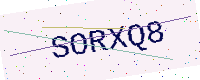
Text: SORXQ8